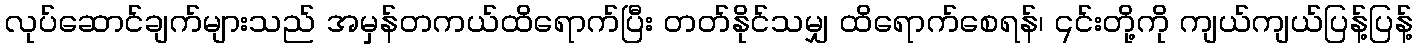
လုပ်ဆောင်ချက်များသည် အမှန်တကယ်ထိရောက်ပြီး တတ်နိုင်သမျှ ထိရောက်စေရန်၊ ၎င်းတို့ကို ကျယ်ကျယ်ပြန့်ပြန့်